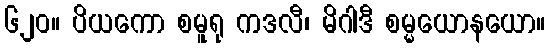
၆၂၀။ ပိယကော စမူရု ကဒလီ၊ မိဂါဒီ စမ္မယောနယော။